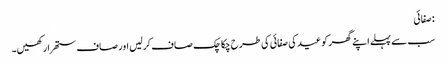
: صفائی
سب سے پہلے اپنے گھر کو عید کی صفائی کی طرح چکاچک صاف کرلیں اور صاف ستھرا رکھیں۔